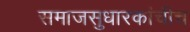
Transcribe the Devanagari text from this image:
समाजसुधारकांचीच